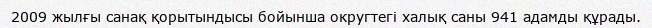
2009 жылғы санақ қорытындысы бойынша округтегі халық саны 941 адамды құрады.